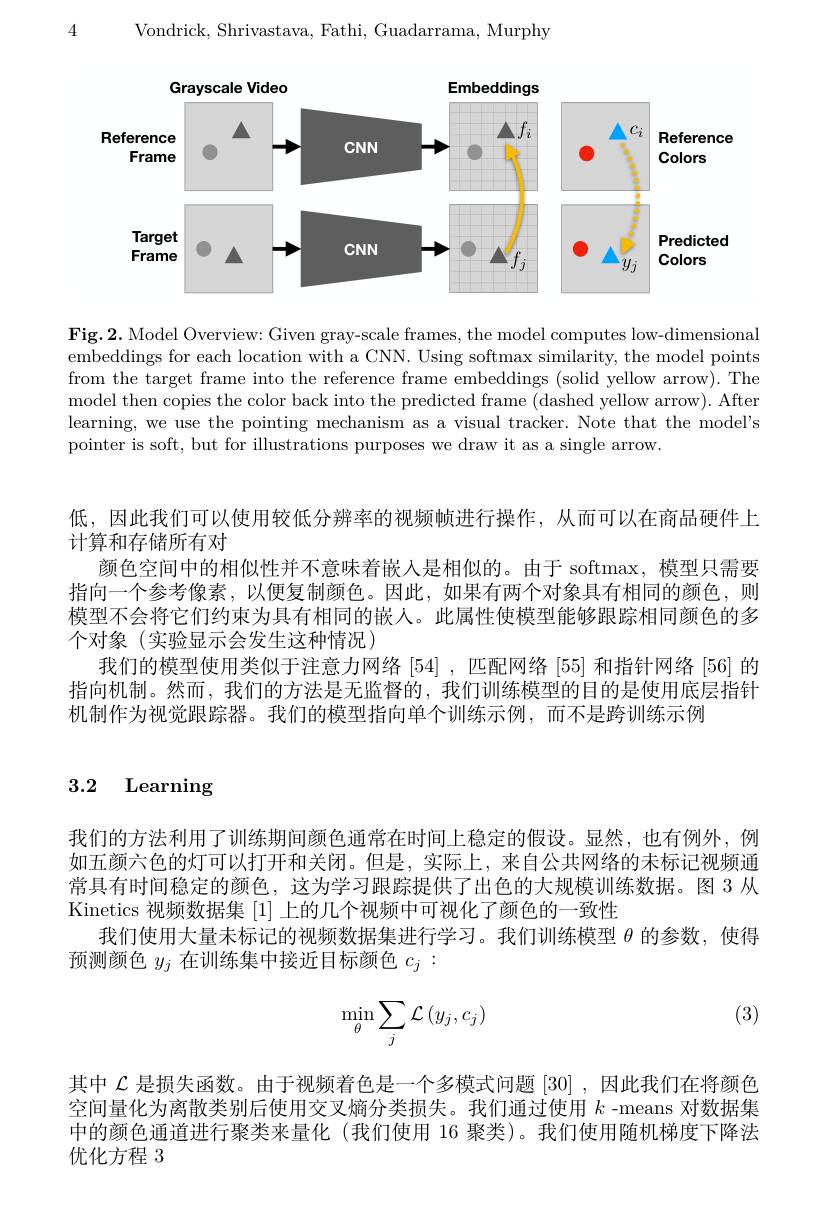
Vondrick, Shrivastava, Fathi, Guadarrama, Murphy

4

<FigureHere>

Fig.2. Model Overview: Given gray-scale frames, the model computes low-dimensional embeddings for each location with a CNN. Using softmax similarity, the model points from the target frame into the reference frame embeddings (solid yellow arrow). The model then copies the color back into the predicted frame (dashed yellow arrow). After learning, we use the pointing mechanism as a visual tracker. Note that the model's pointer is soft, but for illustrations purposes we draw it as a single arrow.

低，因此我们可以使用较低分辨率的视频帧进行操作，从而可以在商品硬件上
计算和存储所有对
颜色空间中的相似性并不意味着嵌入是相似的。由于 softmax, 模型只需要指向一个参考像素，以便复制颜色。因此，如果有两个对象具有相同的颜色，则模型不会将它们约束为具有相同的嵌人。此属性使模型能够跟踪相同颜色的多个对象(实验显示会发生这种情况)
我们的模型使用类似于注意力网络[54] ,匹配网络[55]和指针网络 [56] 的指向机制。然而，我们的方法是无监督的，我们训练模型的目的是使用底层指针机制作为视觉跟踪器。我们的模型指向单个训练示例，而不是跨训练示例

# 3.2 Learning

我们的方法利用了训练期间颜色通常在时间上稳定的假设。显然，也有例外，例如五颜六色的灯可以打开和关闭。但是，实际上，来自公共网络的未标记视频通常具有时间稳定的颜色，这为学习跟踪提供了出色的大规模训练数据。图 3 从Kinetics 视频数据集[1]上的几个视频中可视化了颜色的一致性
我们使用大量未标记的视频数据集进行学习。我们训练模型$\theta$的参数，使得
预测颜色$y_j$在训练集中接近目标颜色$c_j:$

(3)
$$\min_{\theta}\sum_{j}\mathcal{L}\left(y_{j},c_{j}\right)$$
其中$\mathcal{L}$是损失函数。由于视频着色是一个多模式问题[30] ,因此我们在将颜色空间量化为离散类别后使用交叉熵分类损失。我们通过使用$k$ -means 对数据集中的颜色通道进行聚类来量化 (我们使用 16 聚类)。我们使用随机梯度下降法优化方程 3